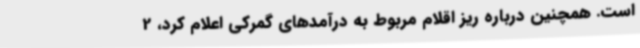
است. همچنین درباره ریز اقلام مربوط به درآمدهای گمرکی اعلام کرد، 2